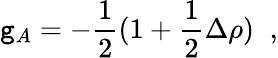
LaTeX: \mathtt{g}_{A}=-\frac{{1}}{{2}}(1+\frac{{1}}{{2}}\Delta\rho)\; \; ,